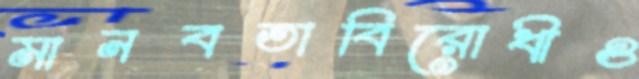
মানবতাবিরোধীও